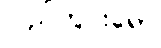
ပြည်တွင်းရော